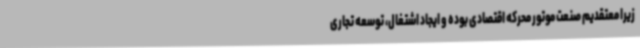
زیرا معتقدیم صنعت موتور محرکه اقتصادی بوده و ایجاد اشتغال، توسعه تجاری